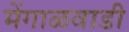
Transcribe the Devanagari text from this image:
मेंगाळवाडी